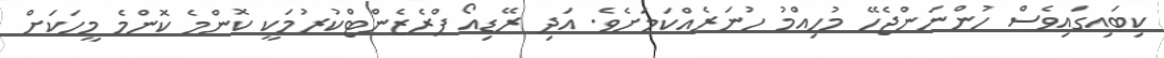
ކިބައިގައިވެސް ހުންނަންޖެހޭ މުހިއްމު ހުނަރެއްކަމަށެވެ. އަދި ރޭޑިއޯ ޕްރެޒެންޓްކުރުމަކީ ކޮންމެ ކޮންމެ މީހަކަށް